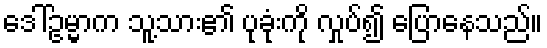
ဒေါ်ဥမ္မာက သူ့သား၏ ပုခုံးကို လှုပ်၍ ပြောနေသည်။